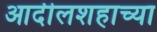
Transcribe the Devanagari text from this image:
आदीलशहाच्या